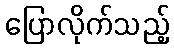
ပြောလိုက်သည့်